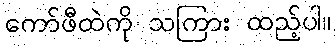
ကော်ဖီထဲကို သကြား ထည့်ပါ။